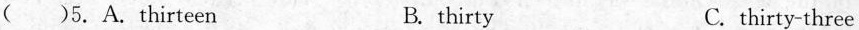
( )5.A. thirteen B. thirty C. thirty-three